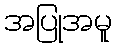
အပြုအမူ